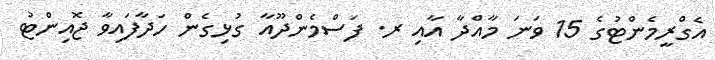
އެގްރީމެންޓުގެ 15 ވަނަ މާއްދާ އާއި ރ. ފަސްމެންދޫއާ ގުޅިގެން ހަދާފައިވާ ޖޮއިންޓު